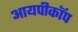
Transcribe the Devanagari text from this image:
आयपीकॉप